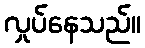
လှုပ်နေသည်။